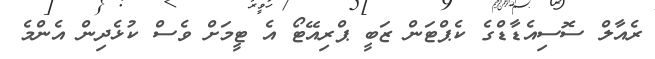
ރެއާލް ސޮސިއެޑާޑްގެ ކެޕްޓަން ޒަބީ ޕްރިއޭޓޯ އެ ޓީމަށް ވެސް ކުޅެދިން އެންމެ